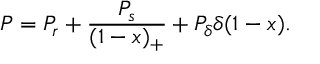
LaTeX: P = P _ { r } + \frac { P _ { s } } { ( 1 - x ) _ { + } } + P _ { \delta } \delta ( 1 - x ) .